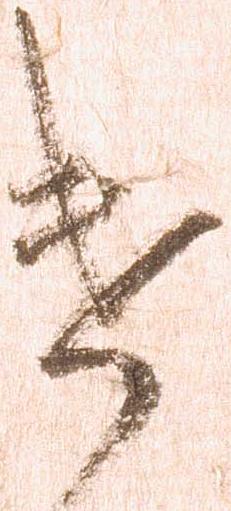
遣